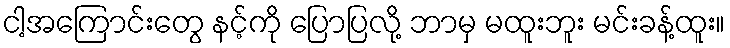
ငါ့အကြောင်းတွေ နင့်ကို ပြောပြလို့ ဘာမှ မထူးဘူး မင်းခန့်ထူး။